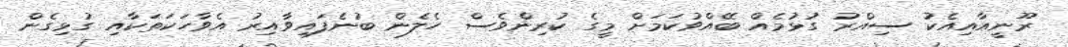
ރޫނީއާއިއެކު ސިއްރު ގުޅުމެއް ބޭއްވުކަމަށް މީގެ ކުރިންވެސް ހެލެން ބުނެފައިވާއިރު އެވާހަކަތަކާއި ގުޅިގެން